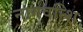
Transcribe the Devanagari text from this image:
नागवन्शि